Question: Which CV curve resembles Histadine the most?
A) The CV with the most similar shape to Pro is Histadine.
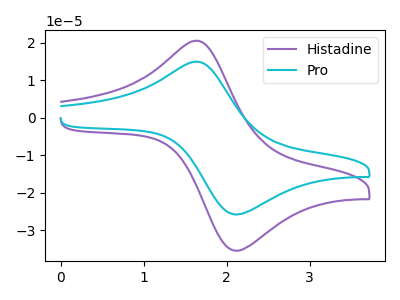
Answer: <think>The purple curve "Histadine" has an anodic peak at (1.60V, 20.55uA) and a cathodic peak at (2.10V, -35.55uA). The cyan curve "Pro" has an anodic peak at (1.60V, 14.95uA) and a cathodic peak at (2.10V, -25.85uA).
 All the peaks in "Histadine" have a peak in "Pro" at the same potential. Every peak in "Histadine" is higher than every peak in "Pro".</think>
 <answer>A) The CV with the most similar shape to "Pro" is "Histadine".</answer>
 <eval>A</eval>